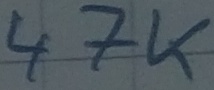
Text: 47K